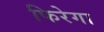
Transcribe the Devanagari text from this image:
फिरेगा